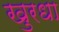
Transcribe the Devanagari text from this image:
खुरधा